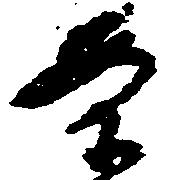
案